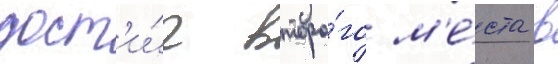
дост'и́г второ́го м'е́ста в